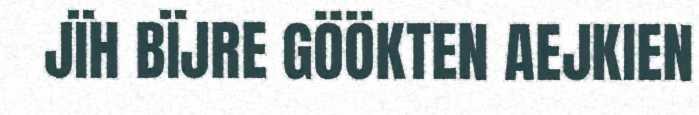
JÏH BÏJRE GÖÖKTEN AEJKIEN